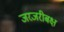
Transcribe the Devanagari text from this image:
जरजरीबक्ष